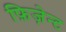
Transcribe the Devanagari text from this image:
फ़िज़ेन्ट